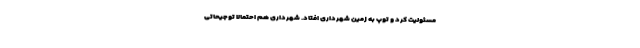
مسئولیت کرد و توپ به زمین شهرداری افتاد. شهرداری هم احتمالا توجیحاتی